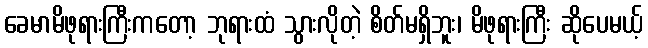
ခေမာမိဖုရားကြီးကတော့ ဘုရားထံ သွားလိုတဲ့ စိတ်မရှိဘူး၊ မိဖုရားကြီး ဆိုပေမယ့်